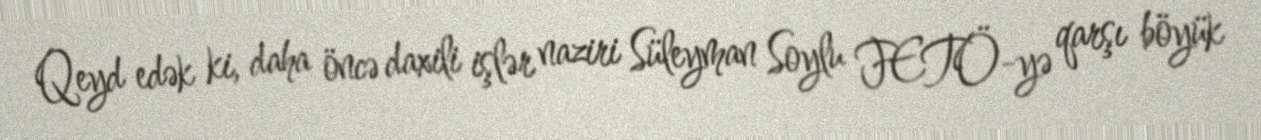
Qeyd edək ki, daha öncə daxili işlər naziri Süleyman Soylu FETÖ-yə qarşı böyük